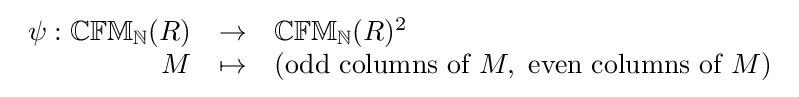
{\begin{array}{rcl}\psi :\mathbb {CFM} _{\mathbb {N} }(R)&\to &\mathbb {CFM} _{\mathbb {N} }(R)^{2}\\M&\mapsto &({\text{odd columns of }}M,{\text{ even columns of }}M)\end{array}}